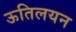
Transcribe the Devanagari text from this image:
ऊतिलयन